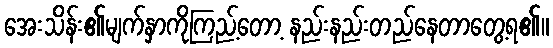
အေးသိန်း၏မျက်နှာကိုကြည့်တော့ နည်းနည်းတည်နေတာတွေ့ရ၏။